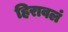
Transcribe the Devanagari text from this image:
हिरावलं